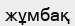
жұмбақ